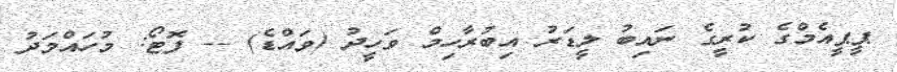
ޕީޕީއެމްގެ ކުރީގެ ނައިބު ލީޑަރު އިބުރާހިމް ވަހީދު (ވައްޑެ) -- ފޮޓޯ: މުހައްމަދު